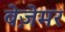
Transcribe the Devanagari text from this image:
बेज़ेमर